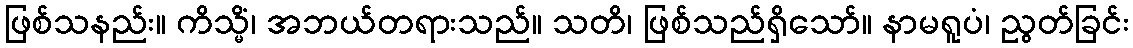
ဖြစ်သနည်း။ ကိသ္မိံ၊ အဘယ်တရားသည်။ သတိ၊ ဖြစ်သည်ရှိသော်။ နာမရူပံ၊ ညွတ်ခြင်း